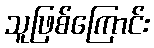
သူဖြစ်ကြောင်း